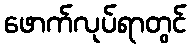
ဖောက်လုပ်ရာတွင်